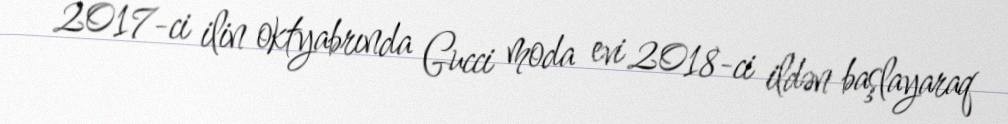
2017-ci ilin oktyabrında Gucci moda evi 2018-ci ildən başlayaraq